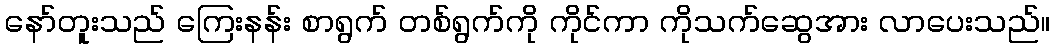
နော်တူးသည် ကြေးနန်း စာရွက် တစ်ရွက်ကို ကိုင်ကာ ကိုသက်ဆွေအား လာပေးသည်။